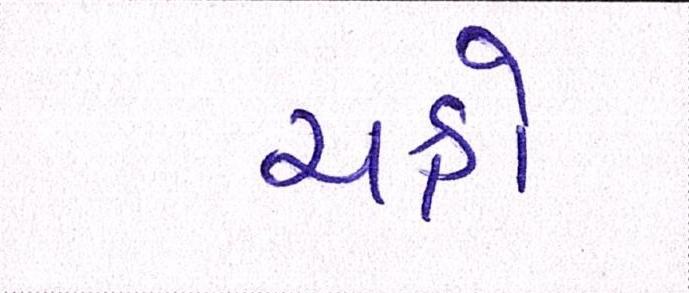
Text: ચક્રો